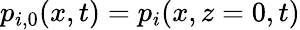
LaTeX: p_{i,0}(x,t)=p_{i}(x,z=0,t)